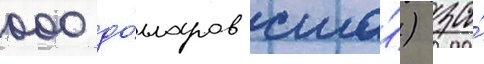
000 до́лларов сша́) за́